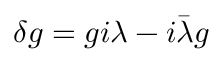
\delta g = g i \lambda - i \bar { \lambda } g